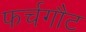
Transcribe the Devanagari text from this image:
फर्चगौट